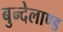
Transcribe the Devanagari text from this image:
बुन्देलाण्ड